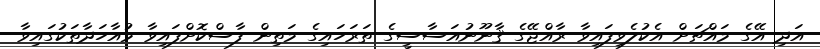
އަދި އޭގެ މައްޗަށް އެކުލެވިފައިވާ ރާއްޖޭގެ ޤާނޫނުއަސާސީގެ ތަރަހައިގެ މަތިން ފާސްކޮށްފައިވާ މުއާހަދާތަކުގައިވާ